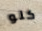
كلو